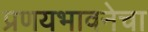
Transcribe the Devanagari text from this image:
प्रणयभावनेचा